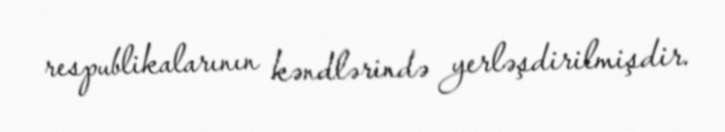
respublikalarının kəndlərində yerləşdirilmişdir.